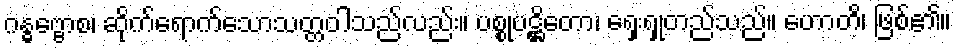
ဂန္ဓဗ္ဗောစ၊ ဆိုက်ရောက်သောသတ္တဝါသည်လည်း။ ပစ္စုပဋ္ဌိတော၊ ရှေးရှုတည်သည်။ ဟောတိ၊ ဖြစ်၏။